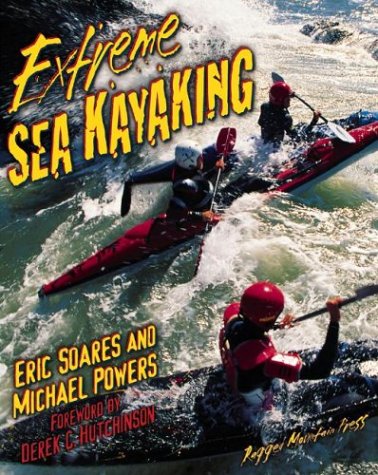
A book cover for Extreme Sea Kayaking: A Survival Guide; Michael Powers; Sports & Outdoors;